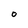
Character: o